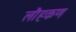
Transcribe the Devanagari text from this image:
लौहकण